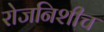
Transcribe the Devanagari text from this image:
रोजनिशीच